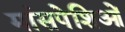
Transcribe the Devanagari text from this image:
मांसपेशिओं